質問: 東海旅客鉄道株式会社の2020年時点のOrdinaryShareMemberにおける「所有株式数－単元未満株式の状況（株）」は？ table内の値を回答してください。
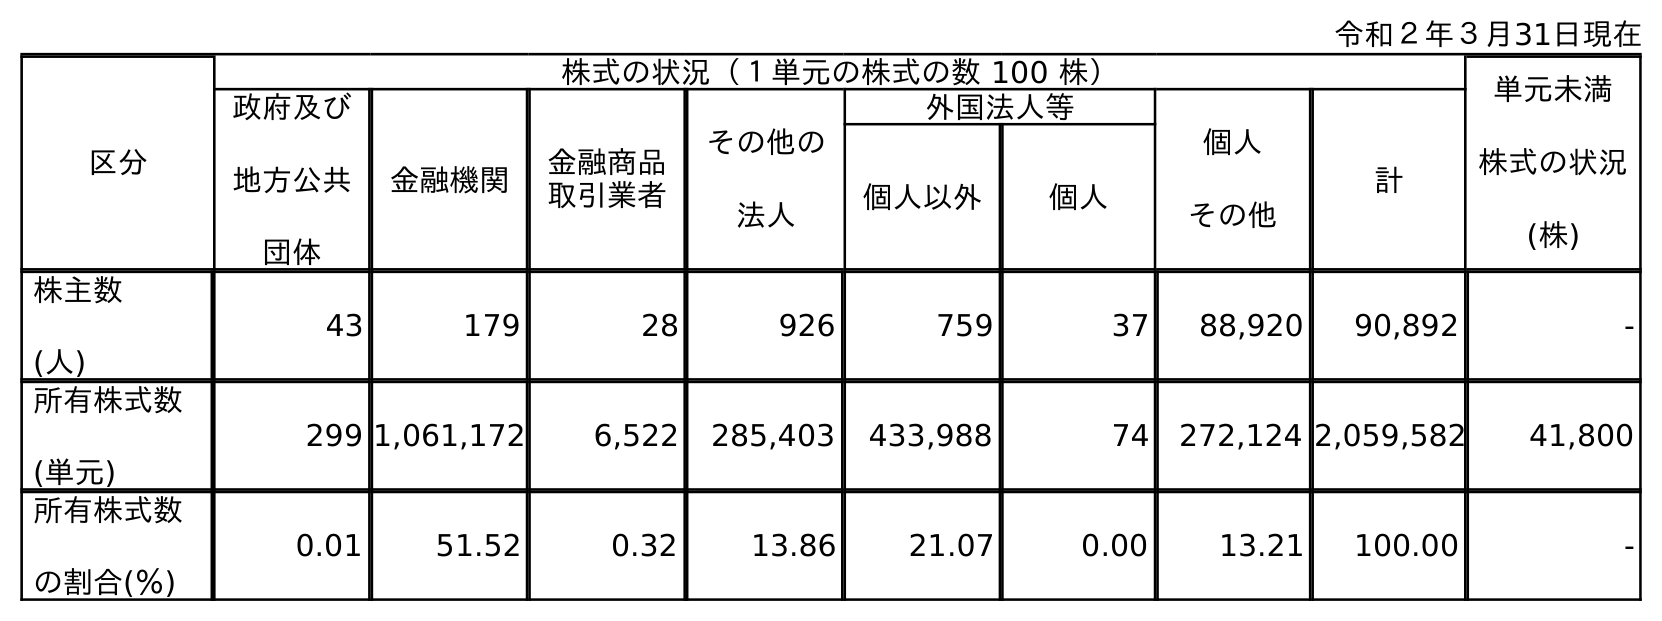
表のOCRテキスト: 令和２年３月31日現在 区分 株式の状況（１単元の株式の数 100 株） 単元未満 株式の状況 (株) 政府及び 地方公共 団体 金融機関 金融商品 取引業者 その他の 法人 外国法人等 個人 その他 計 個人以外 個人 株主数 (人) 43 179 28 926 759 37 88,920 90,892 - 所有株式数 (単元) 299 1,061,172 6,522 285,403 433,988 74 272,124 2,059,582 41,800 所有株式数 の割合(％) 0.01 51.52 0.32 13.86 21.07 0.00 13.21 100.00 -
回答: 41,800